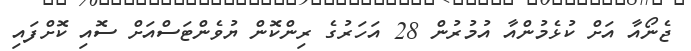
ޖެނޯއާ އަށް ކުޅެމުންއާ އުމުރުން 28 އަހަރުގެ ރިންކޮން ޔުވެންޓަސްއަށް ސޮއި ކޮށްފައި